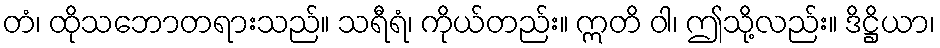
တံ၊ ထိုသဘောတရားသည်။ သရီရံ၊ ကိုယ်တည်း။ ဣတိ ဝါ၊ ဤသို့လည်း။ ဒိဋ္ဌိယာ၊